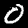
Digit: 0